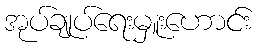
အုပ်ချုပ်ရေးမှူးဟောင်း